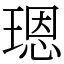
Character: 𤨒